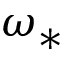
\omega _ { * }